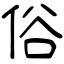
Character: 俗